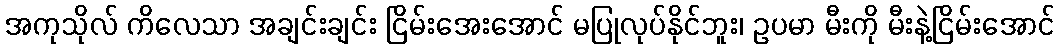
အကုသိုလ် ကိလေသာ အချင်းချင်း ငြိမ်းအေးအောင် မပြုလုပ်နိုင်ဘူး၊ ဥပမာ မီးကို မီးနဲ့ငြိမ်းအောင်